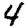
Digit: 4